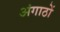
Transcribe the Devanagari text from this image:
अंगाठों